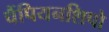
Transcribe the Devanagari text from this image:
चैंपियनशिपो